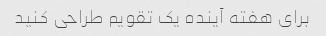
برای هفته آینده یک تقویم طراحی کنید